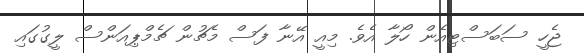
ޖެހީ ސަބަސްޓިއެން ހޯލާ އެވެ. މިއީ އޭނާ ފަސް މެޗުން ޗެމްޕިއަންސް ލީގުގައި